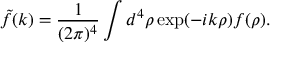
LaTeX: { \tilde { f } } ( k ) = \frac { 1 } { ( 2 \pi ) ^ { 4 } } \int d ^ { 4 } \rho \exp ( - i k \rho ) f ( \rho ) .